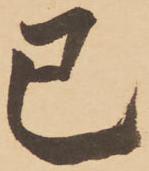
已